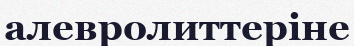
алевролиттеріне